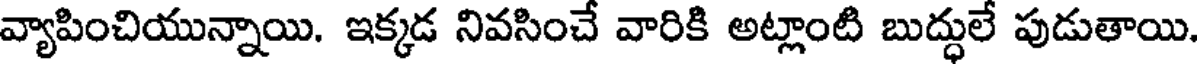
వ్యాపించియున్నాయి. ఇక్కడ నివసించే వారికి అట్లాంటి బుద్ధులే పుడుతాయి